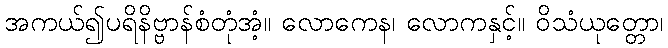
အကယ်၍ပရိနိဗ္ဗာန်စံတုံအံ့။ လောကေန၊ လောကနှင့်။ ဝိသံယုတ္တော၊